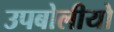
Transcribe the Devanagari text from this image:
उपबोलीयो